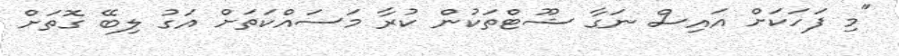
"މި ފަހަކަށް އައިސް ނަގާ ޝޫޓްތަކުން ކުރާ މަސައްކަތަށް އަގު ލިބޭ ގޮތަށް